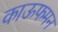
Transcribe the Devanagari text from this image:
काऊफमन